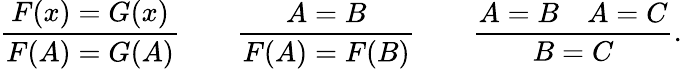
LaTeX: {\frac{F(x)=G(x)}{F(A)=G(A)}}\qquad{\frac{A=B}{F(A)=F(B)}}\qquad{\frac{A=B\quad A=C}{B=C}}.